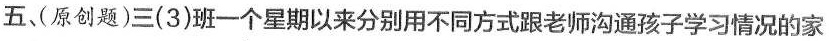
五、(原创题)三(3)班一个星期以来分别用不同方式跟老师沟通孩子学习情况的家